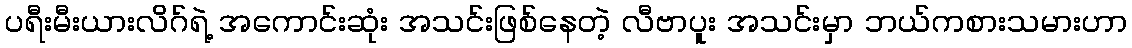
ပရီးမီးယားလိဂ်ရဲ့ အကောင်းဆုံး အသင်းဖြစ်နေတဲ့ လီဗာပူး အသင်းမှာ ဘယ်ကစားသမားဟာ